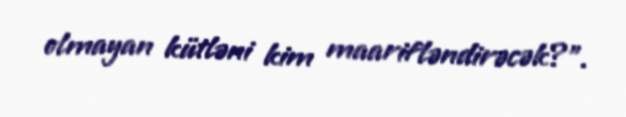
olmayan kütləni kim maarifləndirəcək?".